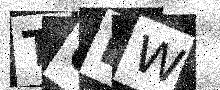
Text: TULW